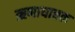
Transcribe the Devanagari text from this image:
ऋणायाचक